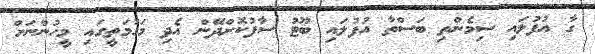
ގާ އުފުލައި ސިމެންތި ބަސްތާ އުފުލައި ބޫޓު ސާފުކޮށްދޭން އެދި މަގުމަތީގައި މީހުންނަށް